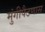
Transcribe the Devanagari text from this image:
मुंगीपैठणास